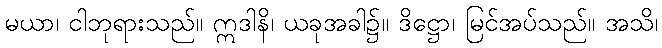
မယာ၊ ငါဘုရားသည်။ ဣဒါနိ၊ ယခုအခါ၌။ ဒိဋ္ဌော၊ မြင်အပ်သည်။ အသိ၊